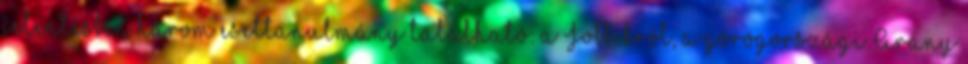
jelentésben három esettanulmány található: a Jobbikról, a görögországi Arany